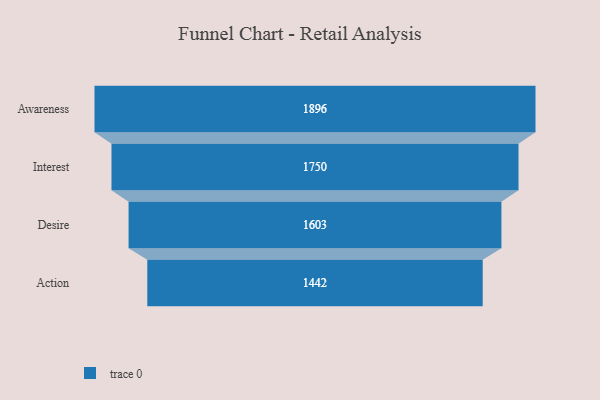
{"axis": {"x": "Stage", "y": "Value"}, "legend": [""], "data": [{"x": "Awareness", "y": 1896.0, "type": ""}, {"x": "Interest", "y": 1750.0, "type": ""}, {"x": "Desire", "y": 1603.0, "type": ""}, {"x": "Action", "y": 1442.0, "type": ""}]}